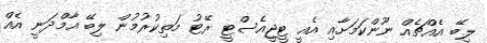
ލިބޭ އެއްޗެއް ނޫންކަމަށާއި އެއީ ޓީޖީއެސްޓީ ރޭޓު މަތިކުރުމުން ލިބޭ އާމްދަނީ އެއް